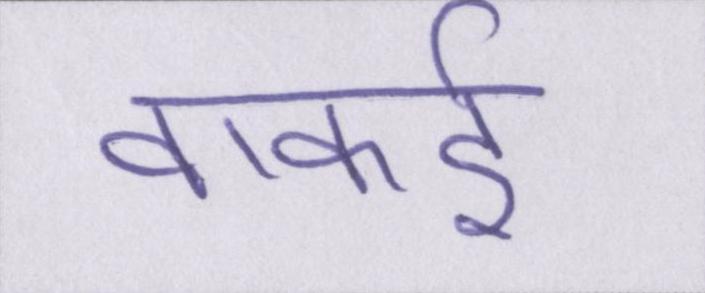
वाकई